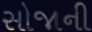
સોજાની